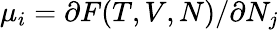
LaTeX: \mu_{i}=\partial F(T,V,N)/\partial N_{j}